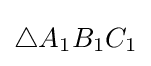
\triangle A_{1}B_{1}C_{1}